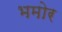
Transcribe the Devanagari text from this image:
भमोर